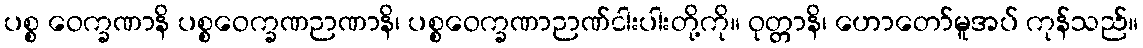
ပစ္စ ဝေက္ခဏာနိ ပစ္စဝေက္ခဏဉာဏာနိ၊ ပစ္စဝေက္ခဏာဉာဏ်ငါးပါးတို့ကို။ ဝုတ္တာနိ၊ ဟောတော်မူအပ် ကုန်သည်။